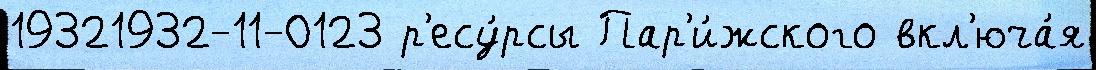
19321932-11-0123 р'есу́рсы Пар'и́жского вкл'юча́я